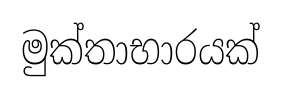
මුක්තාභාරයක්